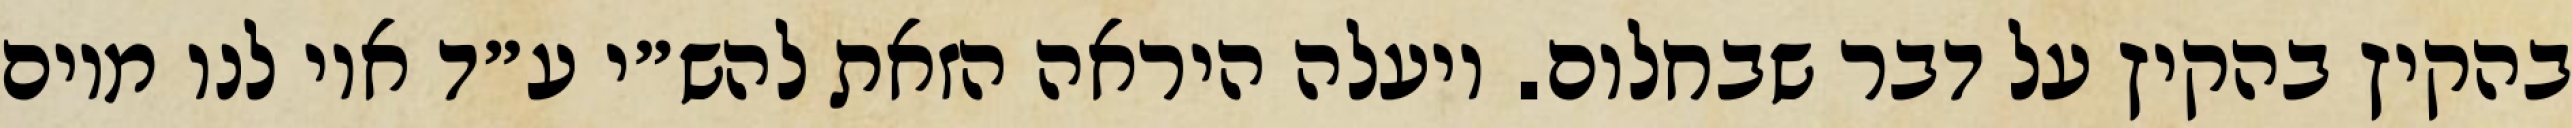
בהקיץ בהקיץ על דבר שבחלום. ויעלה היראה הזאת להש״י ע״ד אוי לנו מיום